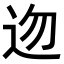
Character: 𨑥